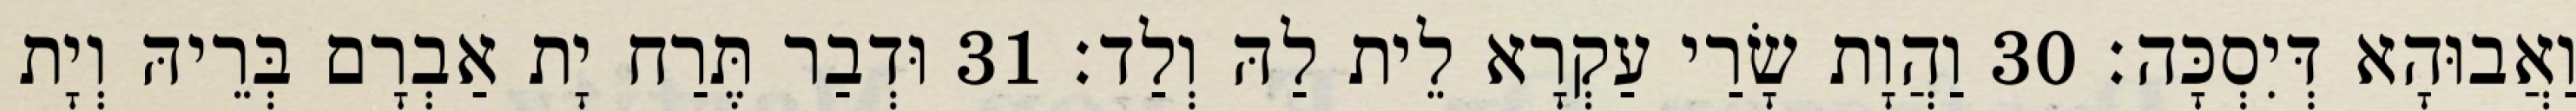
וַאֲבוּהָא דְּיִסְכָּה׃ 30 וַהֲוָת שָׂרַי עַקְרָא לֵית לַהּ וְלַד׃ 31 וּדְבַר תֶּרַח יָת אַבְרָם בְּרֵיהּ וְיָת